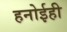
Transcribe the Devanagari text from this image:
हनोईही